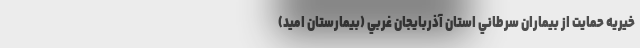
خيريه حمايت از بيماران سرطاني استان آذربايجان غربي (بيمارستان اميد)